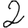
Digit: 2